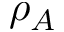
\rho _ { A }